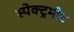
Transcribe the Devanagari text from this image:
स्पेक्ट्रमीय